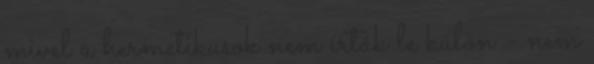
mivel a hermetikusok nem írták le külön - nem